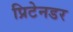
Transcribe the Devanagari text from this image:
प्रिटेनडर